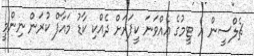
ޗެލްސީން އެ ޓީމުގެ އެއްވަނަ ކީޕަރަށް ދެއްކި ކާޑު މައާފް ކުރަން ނިންމީ